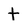
Character: t